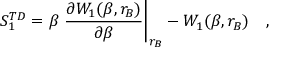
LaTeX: S _ { 1 } ^ { T D } = \beta \left. { \frac { \partial { W _ { 1 } ( \beta , r _ { B } ) } } { \partial \beta } } \right| _ { r _ { B } } - W _ { 1 } ( \beta , r _ { B } ) ~ ~ ~ ,